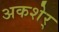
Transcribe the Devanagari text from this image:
अकशेर्